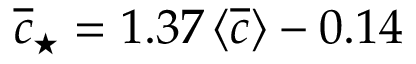
\overline { { c } } _ { \star } = 1 . 3 7 \, \langle \overline { { c } } \rangle - 0 . 1 4